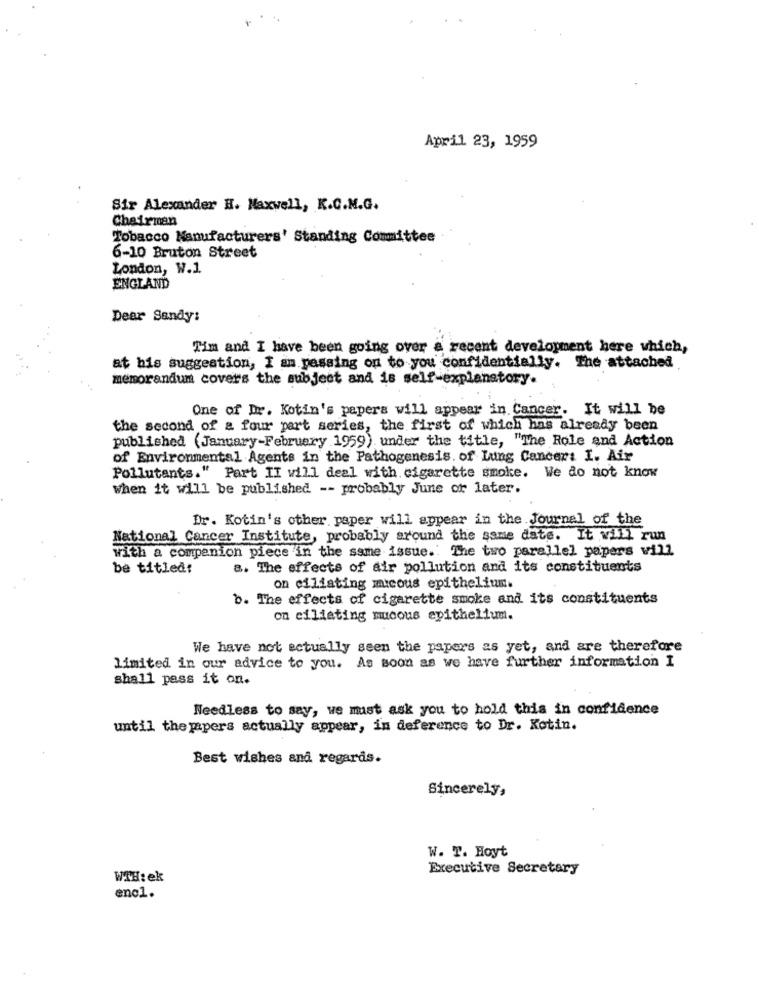
April 23, 1959
Sir Alexander H. Maxwell, K.C.M.G.
Chairman
Tobacco Manufacturers' Standing Committee
6-10 Bruton Street
London, W.1.
ENGLAND
Dear Sandy:
Tim and I have been going over a recent development here which,
at his suggestion, I an passing on to you confidentially. The attached
memorandum covers the subject and is self-explanatory.
One of Dr. Kotin's papers will appear in Cancer. It will be
the second of a four part series, the first of which has already been
published (January-February 1959) under the title, "The Role and Action
of Environmental Agents in the Pathogenesis. of Lung Cancer: I. Air
Pollutants." Part II will deal with cigarette smoke. We do not know
when it will be published -- probably June or later.
Dr. Kotin's other paper will appear in the Journal of the
National Cancer Institute, probably around the same date. It will run
with a companion piece in the same issue. The two parallel papers will
be titled:
a. The effects of air pollution and its constituents
on ciliating micous epithelium.
b. The effects of cigarette smoke and its constituents
on ciliating mucous epithelium.
We have not actually seen the papers as yet, and are therefore
limited in our advice to you. As soon as we have further information I
shall pass it on.
Needless to say, we must ask you to hold this in confidence
until thepapers actually appear, in deference to Dr. Kotin.
Best wishes and regards.
Sincerely,
W. T. Hoyt
Executive Secretary
WTH: ek
enc1.